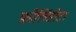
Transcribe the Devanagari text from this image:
फ़ोलिंडोटा